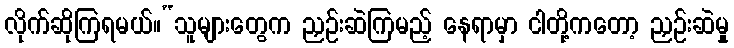
လိုက်ဆိုကြရမယ်။“သူများတွေက ညှဉ်းဆဲကြမည့် နေရာမှာ ငါတို့ကတော့ ညှဉ်းဆဲမှု